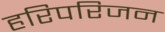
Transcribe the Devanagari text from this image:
हरिपरिजन